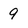
Character: 9